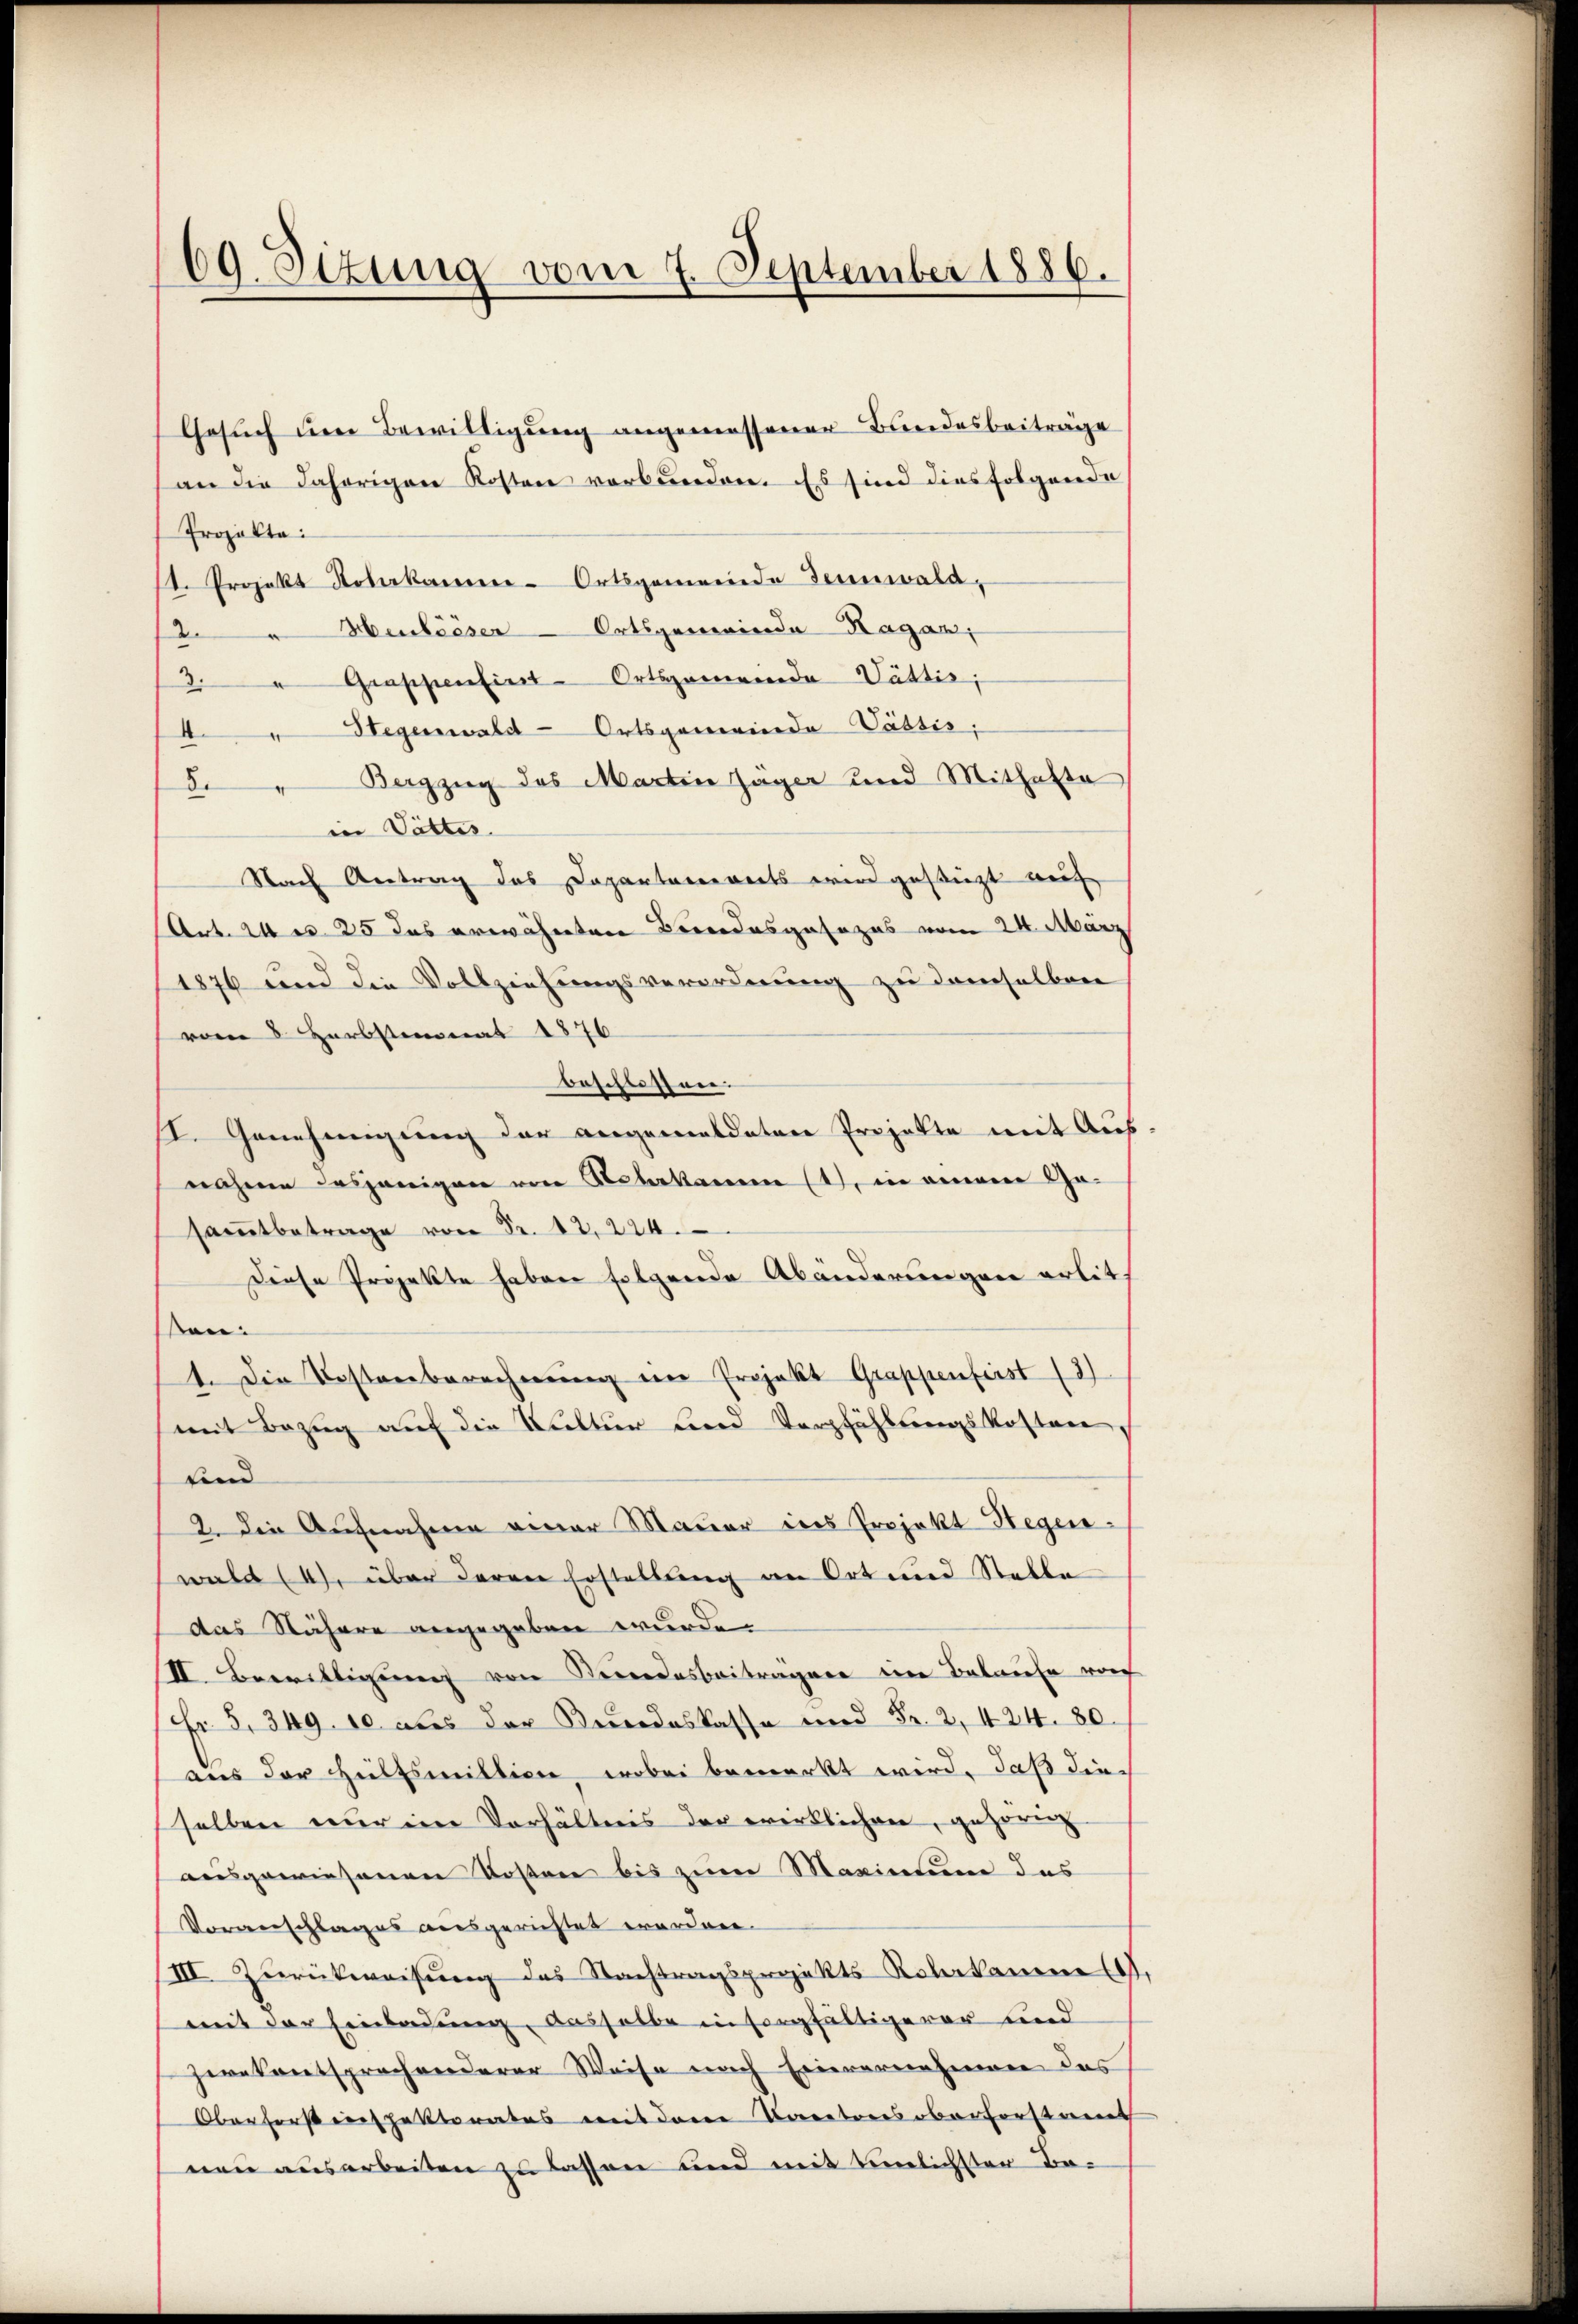
69. Sizung vom 7. September 1886.

Gesŭch den Bewilligung angemessener Bundesbeiträge
an die daherigen Kosten verbunden. Es sind dies folgende
Projekte:
1. Projekt Noterkamen-Ortsgemeinde Tennwald,
"Huléeser Ortsgemeinde Ragan,
3."Grappensint - Ortsgemeinde Vättis,
4"Stegenwald - Ortsgemeinde Vättis.
de " Bergzug des Martin Jäger und Mithafte
in Vattes.
Nach Antrag das Dapartanereits wird gestüzt auf
Art. 24 n 25 das erwähneten Brodesgesezes vom 24. März
1876 und die Vollziehungsverordnung zu demselben
vom 8. Herbstmonat 1876
beschlossen.
II. Genehmigung der angemeldeten Projekte mit Aus-
nahme dasjenigen von Neberkamm (1. in einere Gesamtbetrage von Fr. 12, 224.
Diese Projekte haben folgende Abänderungen erlit
en:
1. Die Kostenberechnŭng im Projekt Grappenfest (3)
mit Bezug auf die Kultur und Verpfählungskosten,
find
2. Die Aufnahme einer Mauer ins Projekt Hegen-
wald (4), über deren Erstellung an Ort und Stelle
das Nähere angegeben wurde.
II. Bewittigung von Keindesbeitragen in Belaufe vo
Nr. 5. 349. 10 aus der Brodeskasse und Fr. 2, 424. 80.
aus der Hülfsmillione, wobei bemerkt wird, daß die
selben nur im Verhältnis der wirklichen, gehörig
ausgewiesenen Kosten bis zum Marinium das
Voranschlages ausgerichtet worden.
III. Zŭrückweisŭng des Nachtragsprojekts-Kolkanene.
mit der Einladung, dasselbe in sorgfältigerer und
zwekentsprechenderer Weise nach Einvereinhieren das
Oberforstenspektorates mit dem Kantons oberforstant
nen ausarbeiten zu lassen und mit einlichster Be-